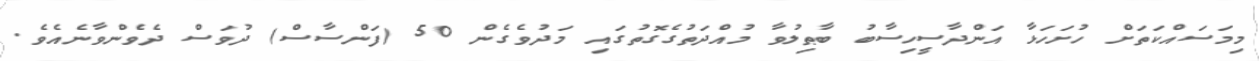
މިމަސައްކަތަށް ހުށަހަޅާ އަންދާސީހިސާބު ބާޠިލުވާ މުއްދަތުގެގޮތުގައި މަދުވެގެން 50 (ފަންސާސް) ދުވަސް ދެވެންވާނެއެވެ.